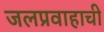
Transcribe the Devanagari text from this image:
जलप्रवाहाची